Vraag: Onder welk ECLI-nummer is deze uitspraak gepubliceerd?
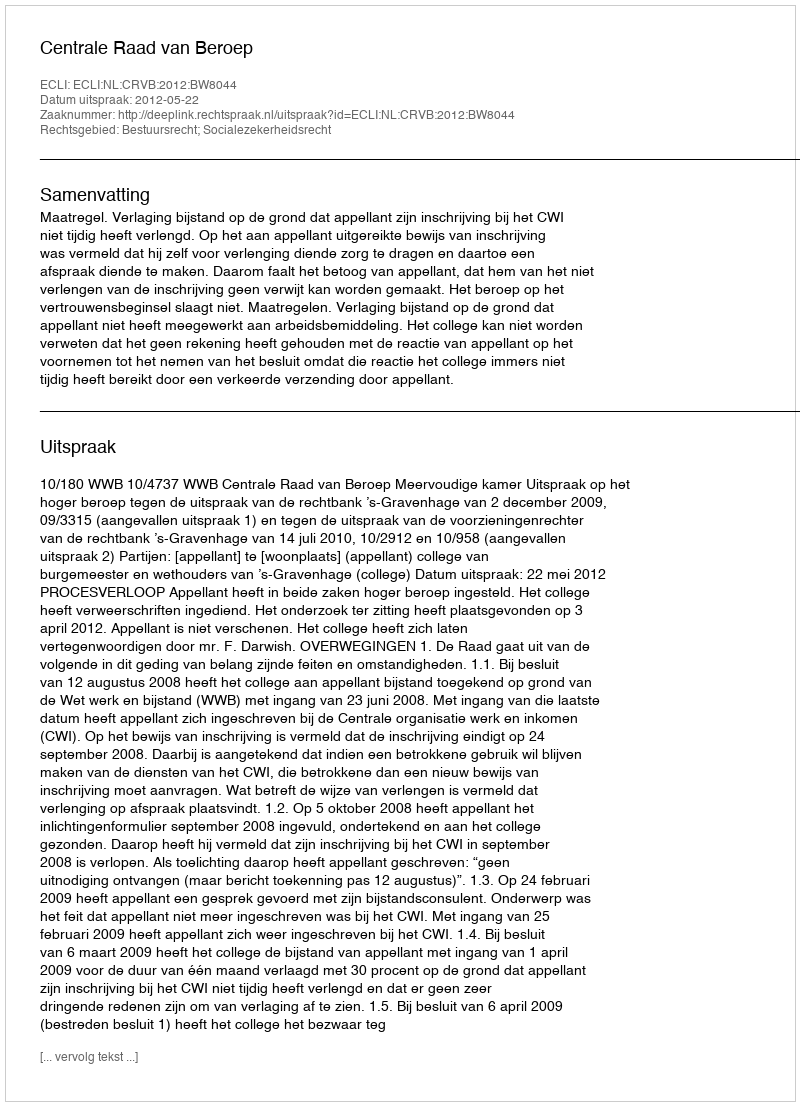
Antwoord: ECLI:NL:CRVB:2012:BW8044